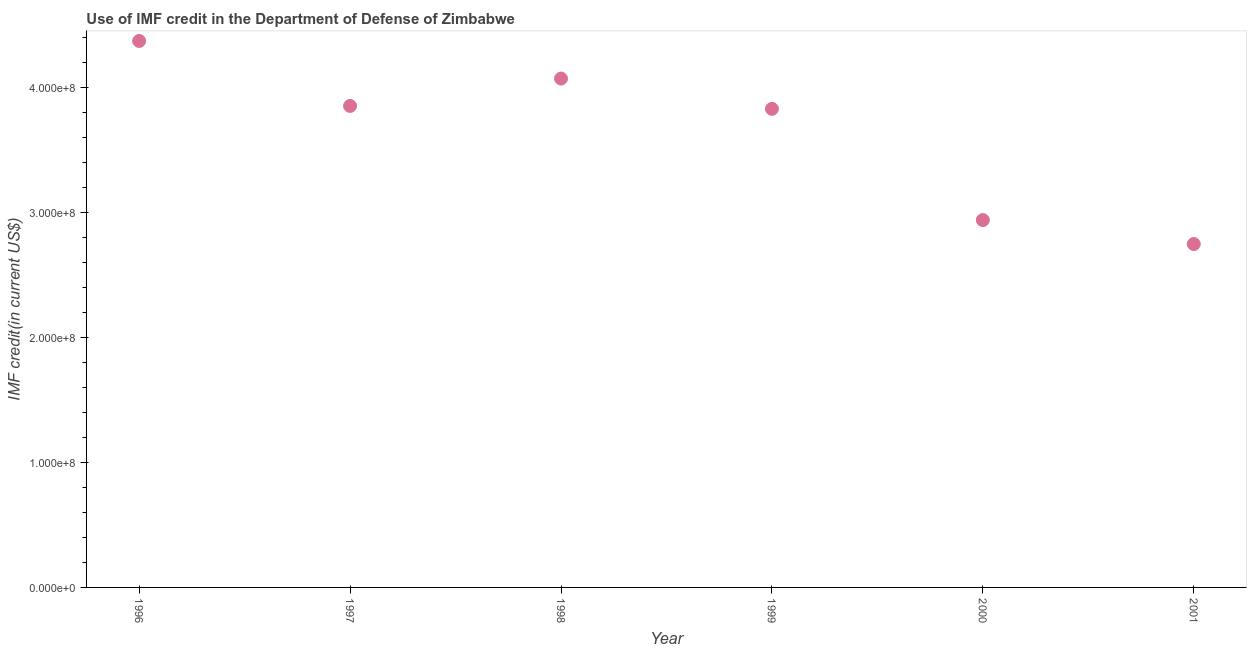
| Year | Use of IMF credit (DOD |
 | --- | --- |
 | 1996 | 4.37e+08 |
 | 1997 | 3.85e+08 |
 | 1998 | 4.07e+08 |
 | 1999 | 3.83e+08 |
 | 2000 | 2.94e+08 |
 | 2001 | 2.75e+08 |